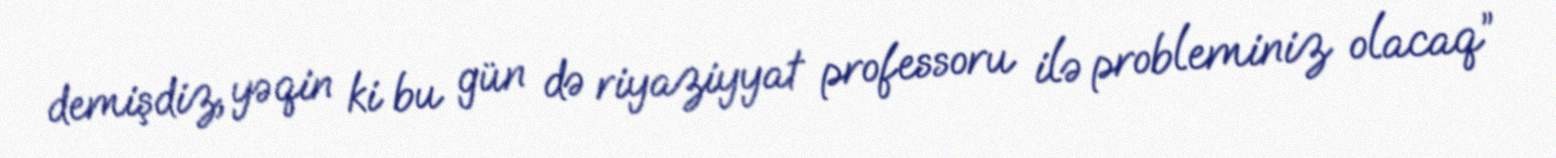
demişdiz, yəqin ki bu gün də riyaziyyat professoru ilə probleminiz olacaq”